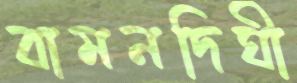
বামনদিঘী